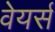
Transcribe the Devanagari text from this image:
वेयर्स